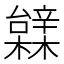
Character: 䢄